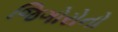
જિગોરોનો